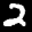
Label: 2